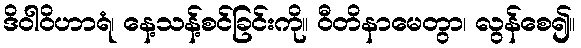
ဒိဝါဝိဟာရံ၊ နေ့သန့်စင်ခြင်းကို။ ဝီတိနာမေတွာ၊ လွန်စေ၍။